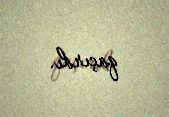
qaçırdı.